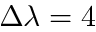
\Delta \lambda = 4